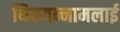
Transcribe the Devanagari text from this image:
थिरुवन्नामलाई